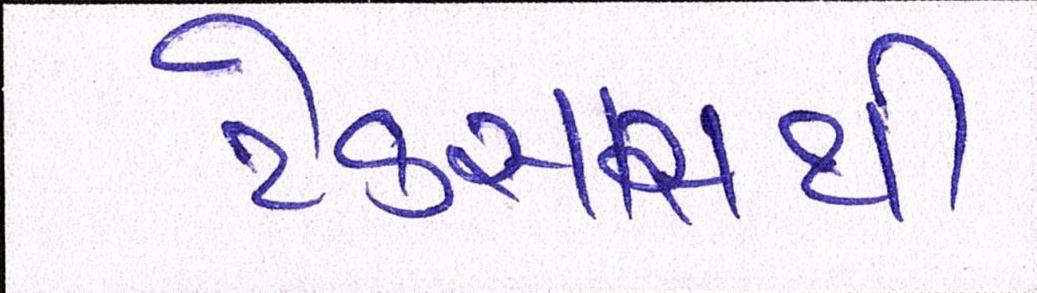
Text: ટેક્સાસથી